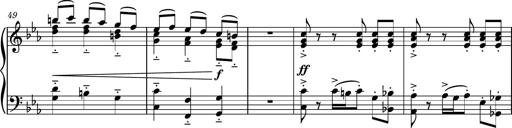
Title: Piano Sonatina No.5
Composer: Dimitri Sykias
Key: C minor